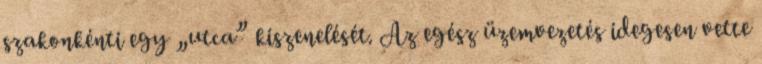
szakonkénti egy „utca” kiszenelését. Az egész üzemvezetés idegesen vette